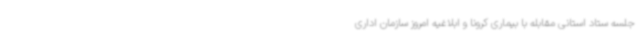
جلسه ستاد استانی مقابله با بیماری کرونا و ابلاغیه امروز سازمان اداری